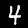
Label: 4